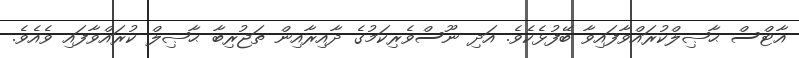
އާޓްސް ޙާޞިލްކުރައްވާފައިވާ ބޭފުޅެކެވެ. އަދި ނޫސްވެރިކަމުގެ ދާއިރާއިން ތަޖުރިބާ ޙާޞިލް ކުރައްވާފައި ވެއެވެ.